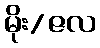
မိုး/ဇလ